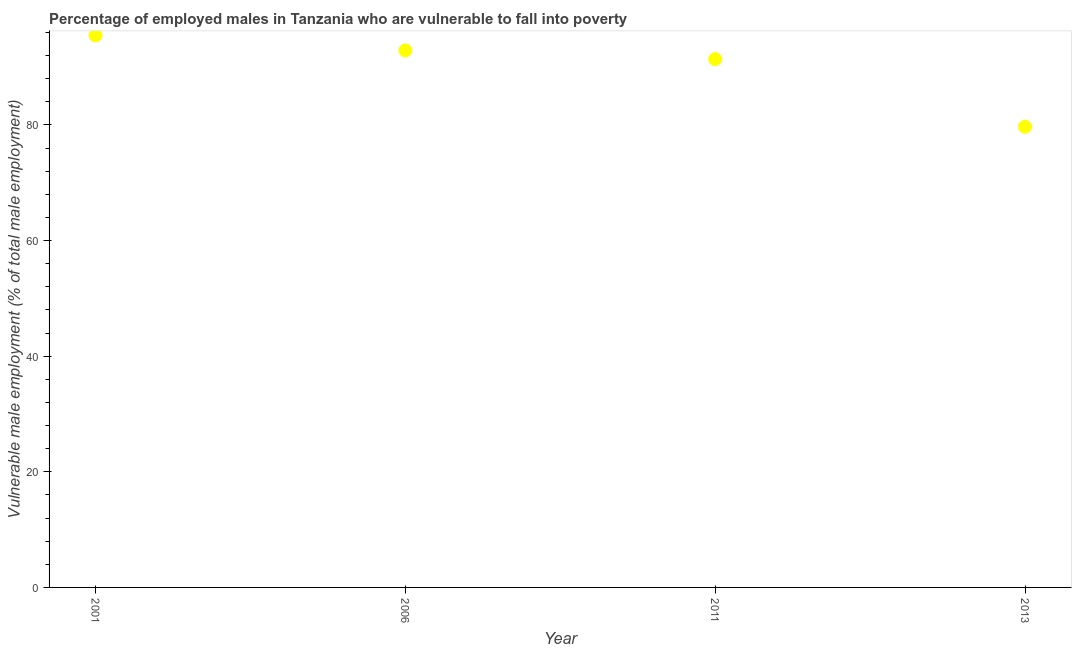
| Year | Percentage of employed males who are vulnerable to fall into poverty |
 | --- | --- |
 | 2001 | 95.5 |
 | 2006 | 92.9 |
 | 2011 | 91.4 |
 | 2013 | 79.7 |